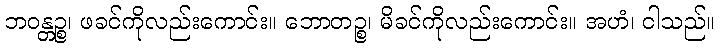
ဘဝန္တဉ္စ၊ ဖခင်ကိုလည်းကောင်း။ ဘောတဉ္စ၊ မိခင်ကိုလည်းကောင်း။ အဟံ၊ ငါသည်။